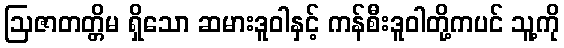
ဩဇာတတ္တိမ ရှိသော ဆမားဒူဝါနှင့် ကန်စီးဒူဝါတို့ကပင် သူ့ကို